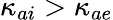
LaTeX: \kappa_{ai}>\kappa_{ae}